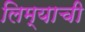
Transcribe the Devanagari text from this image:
लिम्याची